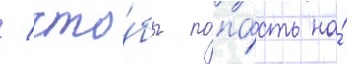
/ что́бы попа́сть на́